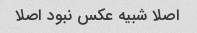
اصلا شبیه عکس نبود اصلا